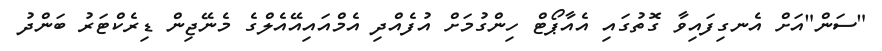
"ސަން"އަށް އެނގިފައިވާ ގޮތުގައި އެއާޕޯޓް ހިންގުމަށް އުފެއްދި އެމްއައިއޭއެލްގެ މެނޭޖިން ޑިރެކްޓަރު ބަންދު